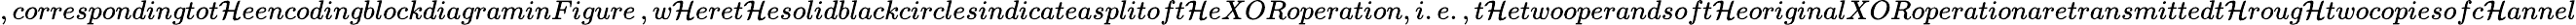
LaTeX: ,correspondingtot\mathcal{H}eencodingblockdiagraminFigure\, ,w\mathcal{H}eret\mathcal{H}esolidblackcirclesindicatea\textit{{split}}oft\mathcal{H}eXORoperation,i.e.,t\mathcal{H}etwooperandsoft\mathcal{H}eoriginalXORoperationaretransmittedt\mathcal{H}roug\mathcal{H}twocopiesofc\mathcal{H}annel